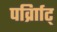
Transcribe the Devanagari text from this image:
पर्व्राािट्